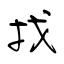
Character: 找